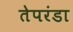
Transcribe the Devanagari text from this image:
तेपरंडा